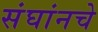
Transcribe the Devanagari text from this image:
संघांनचे